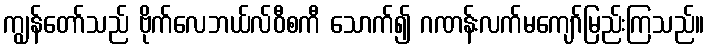
ကျွန်တော်သည် ဗိုက်လေဘယ်လ်ဝီစကီ သောက်၍ ဂဏန်းလက်မကျော်မြည်းကြသည်။